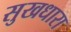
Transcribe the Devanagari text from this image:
सुखधारा